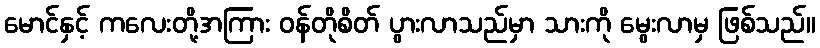
မောင်နှင့် ကလေးတို့အကြား ဝန်တိုစိတ် ပွားလာသည်မှာ သားကို မွေးလာမှ ဖြစ်သည်။